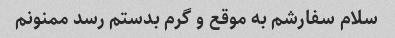
سلام سفارشم به موقع و گرم بدستم رسد ممنونم